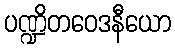
ပဏ္ဍိတဝေဒနီယော